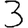
Digit: 3